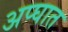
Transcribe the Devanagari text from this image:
अप्घात